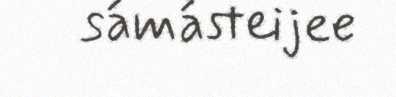
sámásteijee